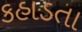
કહાડતા